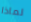
لماذا